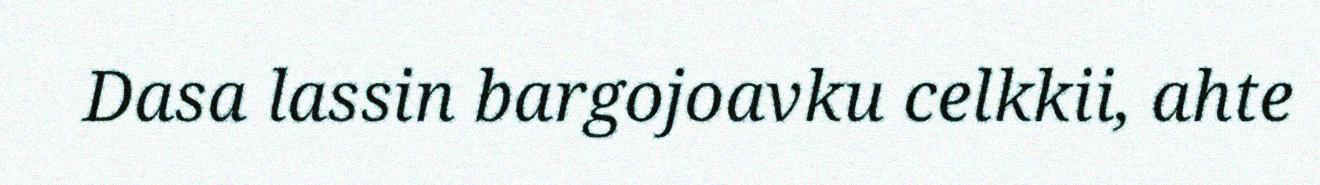
Dasa lassin bargojoavku celkkii, ahte